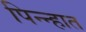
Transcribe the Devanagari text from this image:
पिन्न्हात